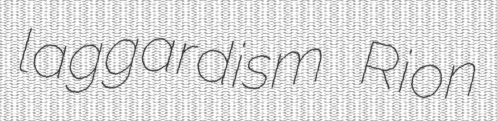
laggardism Rion